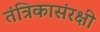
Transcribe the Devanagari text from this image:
तंत्रिकासंरक्षी